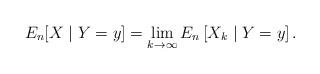
LaTeX: \begin{align*} E_n[X \mid Y=y] = \lim_{k\to \infty} E_n \left[ X_k \mid Y=y \right]. \end{align*}